Annual report on the working of the mental hospitals in the Madras Presidency - 1912-1932
Year: 1912
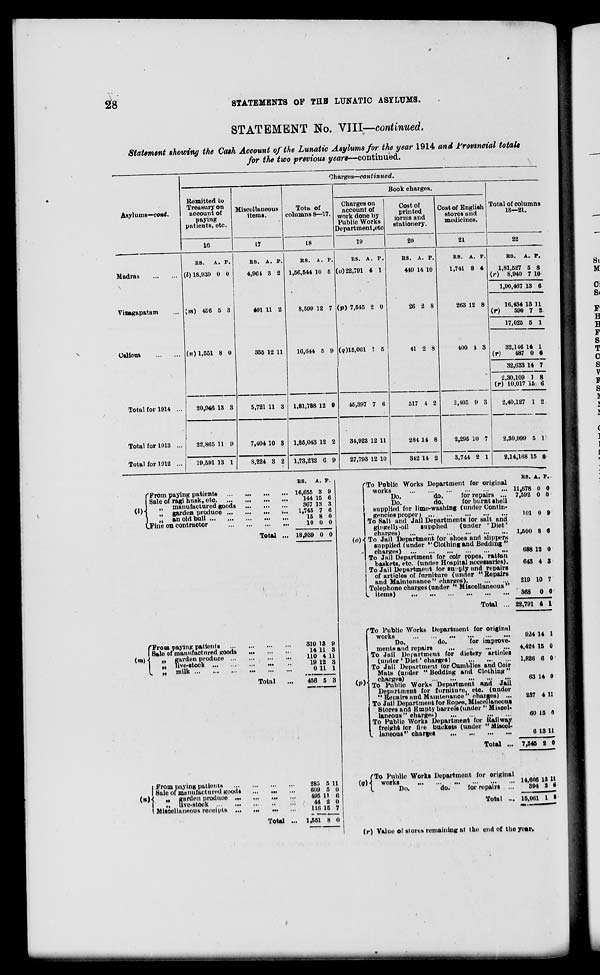
28
STATEMENTS OF THE LUNATIC ASYLUMS.
STATEMENT No. VIII—continued.
Statement showing the Cash Account of the Lunatic Asylums for the year 1914 and Provincial totals
for the two previous years—continued.
Asylums—cont.
Madras
...
...
Vizagapatam ...
Calicut
...
...
Total for 1914 ...
Total for 1913 ...
Total for 1912 ...
Charges—continued.
Remitted to
Treasury on
account of
paying
patients, etc.
16
RS.
(l) 18,939
A.
0
P.
0
(m) 456 5 3
(n) 1,551 8 0
20,946
22,865
19,591
13
11
13
3
9
1
Miscellaneous
items.
17
RS.
4,964
A.
3
P.
2
401 11 2
355 12 11
5,721
7,404
8,224
11
10
3
3
3
2
Total of
columns 8—17.
18
RS.
1,56,544
A.
10
P.
5
8,599 12 7
16,644 5 9
1,81,788
1,85,043
1,73,232
12
12
6
9
2
9
Book charges.
Charges on
account of
work done by
Public Works
Department,etc
19
RS.
(o)22,791
A.
4
P.
1
(p) 7,545 2 0
(q)15,061 1 5
45,397
34,923
27,793
7
12
12
6
11
10
Cost of
printed
forms and
stationery.
20
RS.
449
A.
14
P.
10
26 2 8
41 2 8
517
284
342
4
14
14
2
8
2
Cost of English
stores and
medicines.
21
RS.
1,741
A.
8
P.
4
263 12 8
400 4 3
2,405
2,295
3,744
9
10
2
3
7
1
Total of columns
18—21.
22
RS.
1,81,527
(r) 8,940
1,90,467
16,434
(r)590
17,025
32,146
(r)
487
32,633
2,30,109
(r) 10,017
2,40,127
2,30,999
2,14,168
A.
5
7
13
13
7
5
14
0
14
1
15
1
5
15
P.
8
10
6
11
2
1
1
6
7
8
6
2
1
8
(l)
From paying patients
...
...
...
...
Sale of ragi husk, etc . ... ... ... ...
„
manufactured goods ... ... ... ...
„
garden produce ... ... ... ...
„
an old bull ... ... ... ...
Fine on contractor
...
...
...
...
Total ...
(m)
From paying patients
...
...
...
...
Sale of manufactured goods ... ... ... ...
„
garden produce
...
...
...
...
„ Five-stock ...
...
...
...
„ „
milk ...
...
...
...
...
...
Total
(n)
From paying patients
...
...
...
...
Sale of manufactured goods
...
...
...
„
garden produce
...
...
...
...
„
live-stock ...
...
...
Miscellaneous receipts ...
...
...
...
Total ...
RS.
16,655
144
367
1,745
15
10
18,939
310
14
110
19
0
456
285
609
491
44
116
1,551
A.
3
15
13
7
8
0
0
13
11
4
12
11
5
5
5
11
2
15
8
P.
9
6
3
6
0
0
0
9
3
11
3
1
3
11
0
6
0
7
0
(o)
To Public Works Department for original
works
...
...
...
...
...
...
Do.
do.
for repairs ...
Do. do. for burnt shell
supplied for lime-washing (under Contin-
gencies proper ) ... ... ... ... ... ...
To Salt and Jail Departments for salt and
gingelly-oil
supplied
(under 'Diet'
charges)
...
...
...
...
To Jail Department for shoes and slippers
supplied (under ''Clothing and Bedding "
charges)
...
...
...
...
...
...
To Jail Department for coir ropes, rattan
baskets, etc. (under Hospital necessaries).
To Jail Department for supply and repairs
of articles of furniture (under "Repairs
and Maintenance" charges) ... ... ...
Telephone charges (under " Miscellaneous "
items)
...
...
...
...
...
...
Total ...
(p)
(g)
(r)
To Public Works Department for original
works
...
...
...
...
...
Do.
do.
for improve-
ments and repairs
...
...
...
...
...
To Jail Department for dietery articles
(under' Diet'
charges)
...
...
...
To Jail Department tor Cumblies and Coir
Mats (under "Bedding and Clothing "
charges) ... ... ... ... ... ...
To Public Works Department and Jail
Deportment for furniture, etc. (under
" Repairs and Maintenance" charges) ...
To Jail Department for Ropes, Miscellaneous
Stores and Empty barrels (under " Miscel-
laneous" charges) ... ... ... ...
To Public Works Department for Railway
freight for fire buckets (under "Miscel-
laneous"
charges
...
...
...
...
Total ...
To Public Works Department for original
works
...
...
...
...
...
...
Do.
do.
for repairs ...
Total ...
RS.
11,678
7,592
101
1,500
688
643
219
368
22,791
924
4,424
1,826
63
237
60
6
7,545
14,666
394
15,061
A.
0
0
0
8
12
4
10
0
4
14
15
6
14
4
15
13
2
13
3
1
P.
0
0
9
6
0
3
7
0
1
1
0
0
0
11
0
11
0
11
6
5
Value of stores remaining a1 the end of the year.